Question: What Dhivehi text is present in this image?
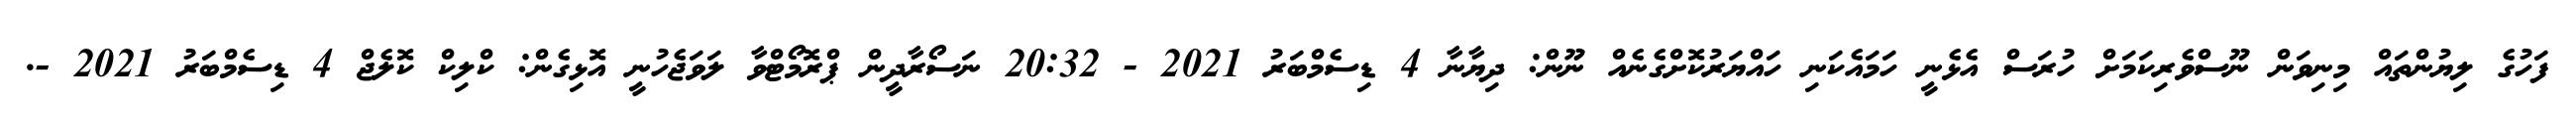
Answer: ފަހުގެ ލިޔުންތައް މިނިވަން ނޫސްވެރިކަމަށް ހުރަސް އެޅެނީ ހަމައެކަނި ހައްޔަރުކޮށްގެނެއް ނޫން: ދިޔާނާ 4 ޑިސެމްބަރު 2021 - 20:32 ނަސޯރާދީން ޕްރޮމޯޓްވާ ލަވަޖެހުނީ އޮޅިގެން: ކްލިކް ކޮލެޖް 4 ޑިސެމްބަރު 2021 -.